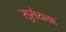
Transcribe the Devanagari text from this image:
सुसंयत्ताः